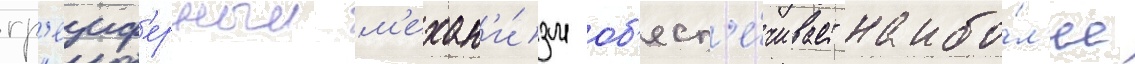
гр'еиф'ерныи м'ехан'и́зм об'есп'е́чивает наибо́л'ее